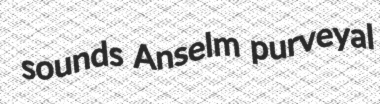
sounds Anselm purveyal